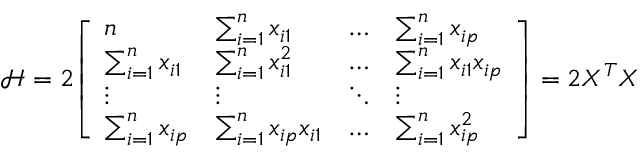
{ \mathcal { H } } = 2 { \left[ \begin{array} { l l l l } { n } & { \sum _ { i = 1 } ^ { n } x _ { i 1 } } & { \dots } & { \sum _ { i = 1 } ^ { n } x _ { i p } } \\ { \sum _ { i = 1 } ^ { n } x _ { i 1 } } & { \sum _ { i = 1 } ^ { n } x _ { i 1 } ^ { 2 } } & { \dots } & { \sum _ { i = 1 } ^ { n } x _ { i 1 } x _ { i p } } \\ { \vdots } & { \vdots } & { \ddots } & { \vdots } \\ { \sum _ { i = 1 } ^ { n } x _ { i p } } & { \sum _ { i = 1 } ^ { n } x _ { i p } x _ { i 1 } } & { \dots } & { \sum _ { i = 1 } ^ { n } x _ { i p } ^ { 2 } } \end{array} \right] } = 2 X ^ { T } X